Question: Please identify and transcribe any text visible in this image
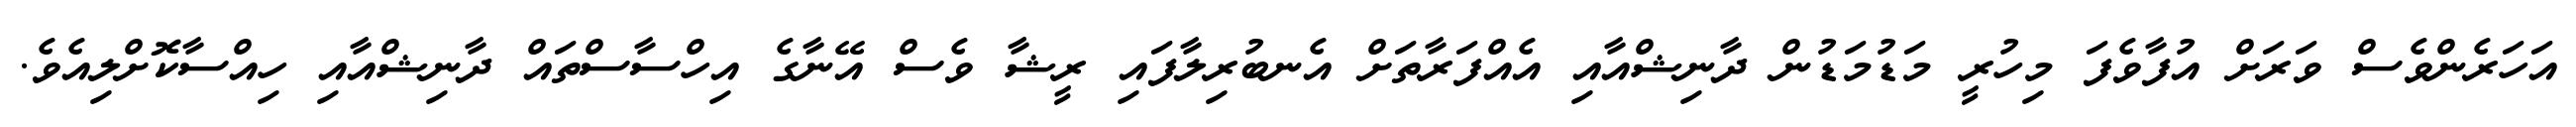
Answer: އަހަރެންވެސް ވަރަށް އުފާވެފަ މިހުރީ މަޑުމަޑުން ދާނިޝްއާއި އެއްފަރާތަށް އެނބުރިލާފައި ރީޝާ ވެސް އޭނާގެ އިހްސާސްތައް ދާނިޝްއާއި ހިއްސާކޮށްލިއެވެ.